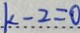
k - 2 = 0